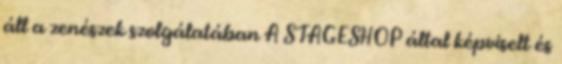
áll a zenészek szolgálatában A STAGESHOP által képviselt és